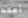
أعده